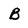
Character: B